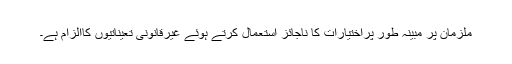
ملزمان پر مبینہ طور پراختیارات کا ناجائز استعمال کرتے ہوئے غیرقانونی تعیناتیوں کاالزام ہے۔